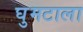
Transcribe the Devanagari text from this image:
घुमटाला